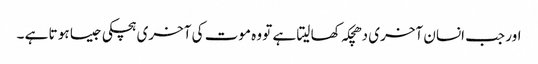
اور جب انسان آخری دھچکہ کھا لیتا ہے تو وہ موت کی آخری ہچکی جیسا ہو تا ہے ۔